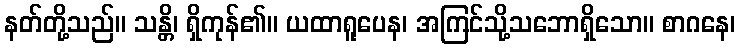
နတ်တို့သည်။ သန္တိ၊ ရှိကုန်၏။ ယထာရူပေန၊ အကြင်သို့သဘောရှိသော။ စာဂနေ၊